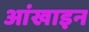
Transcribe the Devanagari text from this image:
आंखाइन